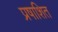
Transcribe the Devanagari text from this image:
प्रषाशित